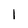
Character: 1